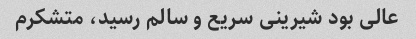
عالی بود شیرینی سریع و سالم رسید، متشکرم